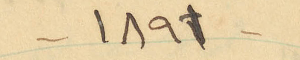
-1891-